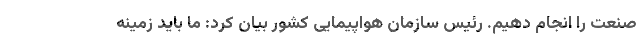
صنعت را انجام دهیم. رئیس سازمان هواپیمایی کشور بیان کرد: ما باید زمینه